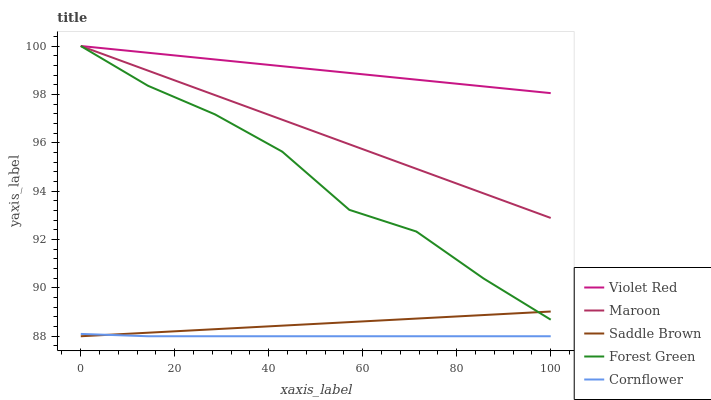
| xaxis_label | Violet Red | Maroon | Saddle Brown | Forest Green | Cornflower |
 | --- | --- | --- | --- | --- | --- |
 | 0 | 100 | 100 | 88 | 100 | 88.1 |
 | 14.3 | 99.7 | 99 | 88.1 | 98.4 | 88 |
 | 28.6 | 99.4 | 98 | 88.3 | 97.2 | 88 |
 | 42.9 | 99.2 | 97 | 88.4 | 95.6 | 88 |
 | 57.1 | 98.9 | 95.9 | 88.6 | 93.2 | 88 |
 | 71.4 | 98.6 | 94.9 | 88.7 | 92.3 | 88 |
 | 85.7 | 98.3 | 93.9 | 88.9 | 90.4 | 88 |
 | 100 | 98.1 | 92.9 | 89 | 88.7 | 88 |